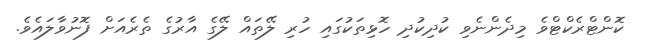
ކޮންޓްރެކްޓްވެ މިދެންނެވި ކުދިކުދި ހޮޅިތަކުގައި ހުރި ލޭތައް ލޭގެ އާރުގެ ތެރެއަށް ފޮނުވާލައެވެ.